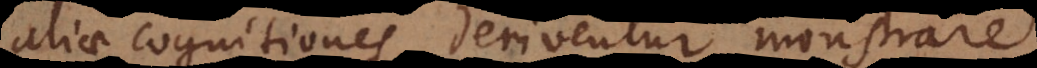
aliae cognitiones deriventur monstrare